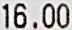
16.00